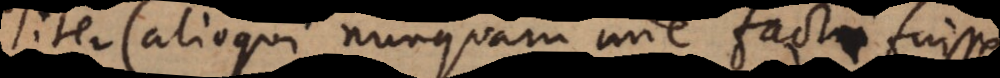
naturaliter (alioqui nunquam inde facti fuissent